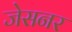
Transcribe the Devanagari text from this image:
जेसनर